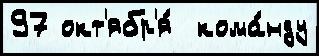
97 окт'ябр'я́  кома́нду